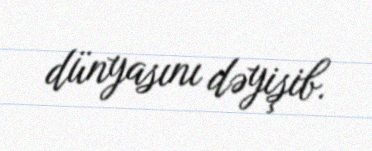
dünyasını dəyişib.